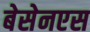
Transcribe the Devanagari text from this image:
बेसेनएस